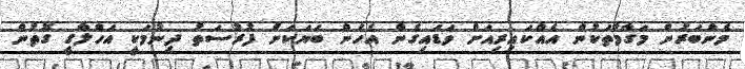
މެންބަރުން މަގާމްތަކުން އެއްކައިރިއަށް ވަޑައިގެން އެހެން ބަޔަކަށް ފުރުސަތު ދިނުމަކީ އަހްލާގީ ގޮތުން